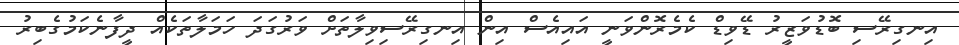
އިނގިރޭސި ބޮޑުވަޒީރު ޑޭވިޑް ކެމެރޮންވަނީ އައިއެސް އިން އިނގިރޭސިވިލާތަށް ވަރުގަދަ ހަމަލާތަކެއް ދީފާނެކަމުގެބިރު